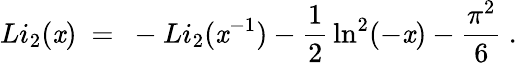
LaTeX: Li_{2}(\mathit{x})\ =\ -Li_{2}(\mathit{x}^{-1})-{\frac{{1}}{{2}}}\ln^{2}(-\mathit{x})-{\frac{{\pi^{2}}}{{6}}}\ .